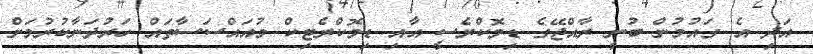
އަދި އެ ގައުމުން ބުނީ ރާއްޖޭގެ ޑިމޮކްރެސީ އާއި ޑިމޮކްރެޓިކް މުއައްސަސާތައް ހަރުދަނާކުރުމަށް